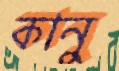
কানু